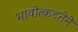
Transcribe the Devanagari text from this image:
भावोत्कटतेने